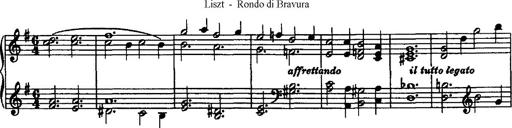
Title: Rondo di bravura
Composer: Franz Liszt